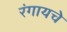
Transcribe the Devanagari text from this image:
रंगायचे